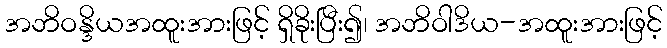
အဘိဝန္ဒိယအထူးအားဖြင့် ရှိခိုးပြီး၍၊ အဘိဝါဒိယ-အထူးအားဖြင့်